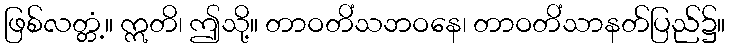
ဖြစ်လတ္တံ့။ ဣတိ၊ ဤသို့။ တာဝတိံသဘဝနေ၊ တာဝတိံသာနတ်ပြည်၌။